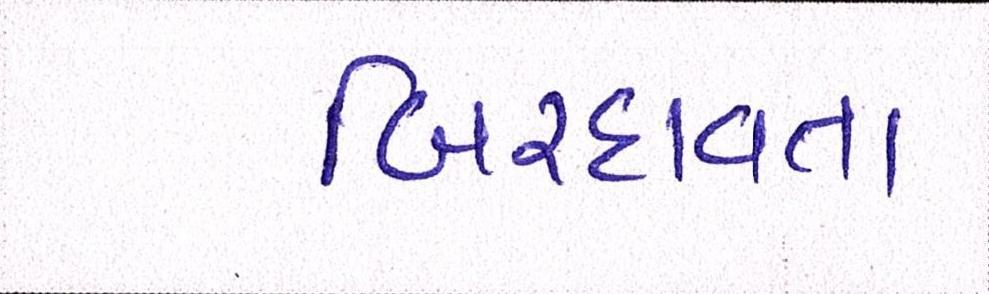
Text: બિરદાવતા